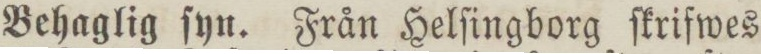
Behaglig ſyn. Från Helſingborg ſkrifwes